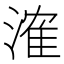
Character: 㴶